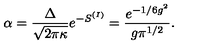
\alpha = \frac { \Delta } { \sqrt { 2 \pi \kappa } } e ^ { - S ^ { ( I ) } } = \frac { e ^ { - 1 / 6 g ^ { 2 } } } { g \pi ^ { 1 / 2 } } .